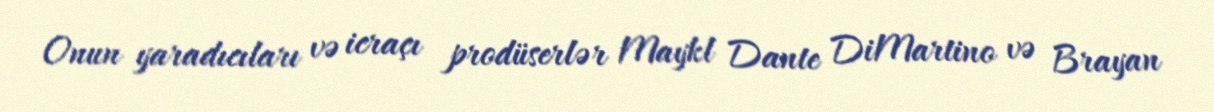
Onun yaradıcıları və icraçı prodüserlər Maykl Dante DiMartino və Brayan